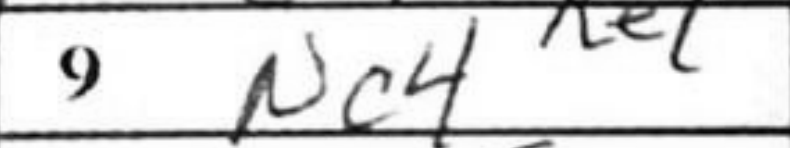
Transcription: Nc4